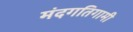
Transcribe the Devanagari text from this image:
मंदगतिगामी